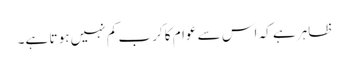
ظاہر ہے کہ اس سے عوام کا کرب کم نہیں ہو تا ہے۔